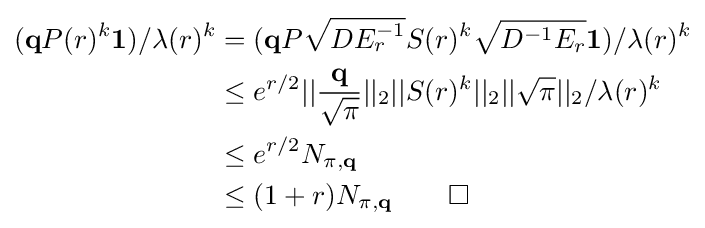
{\begin{aligned}(\mathbf {q} P(r)^{k}\mathbf {1} )/\lambda (r)^{k}&=(\mathbf {q} P{\sqrt {DE_{r}^{-1}}}S(r)^{k}{\sqrt {D^{-1}E_{r}}}\mathbf {1} )/\lambda (r)^{k}\\&\leq e^{r/2}||{\frac {\mathbf {q} }{\sqrt {\pi }}}||_{2}||S(r)^{k}||_{2}||{\sqrt {\pi }}||_{2}/\lambda (r)^{k}\\&\leq e^{r/2}N_{\pi ,\mathbf {q} }\\&\leq (1+r)N_{\pi ,\mathbf {q} }\qquad \square \end{aligned}}